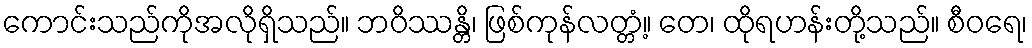
ကောင်းသည်ကိုအလိုရှိသည်။ ဘဝိဿန္တိ၊ ဖြစ်ကုန်လတ္တံ့။ တေ၊ ထိုရဟန်းတို့သည်။ စီဝရေ၊